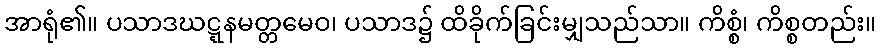
အာရုံ၏။ ပသာဒဃဋ္ဋနမတ္တမေဝ၊ ပသာဒ၌ ထိခိုက်ခြင်းမျှသည်သာ။ ကိစ္စံ၊ ကိစ္စတည်း။